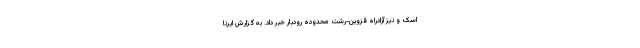
اسک و نیز آزادراه قزوین-رشت محدوده رودبار خبر داد. به گزارش ایرنا